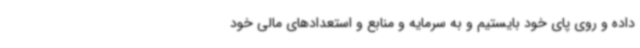
داده و روی پای خود بایستیم و به سرمایه و منابع و استعدادهای مالی خود